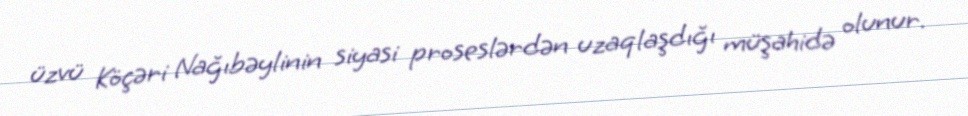
üzvü Köçəri Nağıbəylinin siyasi proseslərdən uzaqlaşdığı müşahidə olunur.